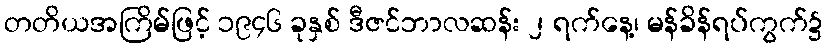
တတိယအကြိမ်ဖြင့် ၁၉၄၆ ခုနှစ် ဒီဇင်ဘာလဆန်း ၂ ရက်နေ့၊ မန်ခိန်ရပ်ကွက်၌